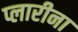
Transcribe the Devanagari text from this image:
प्लारीना